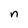
Character: n